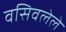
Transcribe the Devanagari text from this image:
वसिवलेले